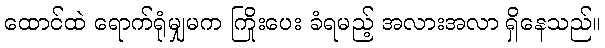
ထောင်ထဲ ရောက်ရုံမျှမက ကြိုးပေး ခံရမည့် အလားအလာ ရှိနေသည်။